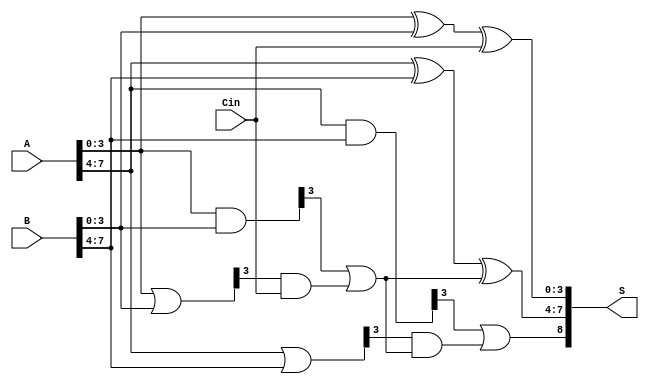
module han_carlson_adder #(parameter N = 8) (
    input [N-1:0] A,      // First operand
    input [N-1:0] B,      // Second operand
    input Cin,            // Carry input
    output [N:0] S        // Sum output (N+1 bits)
);
    // Internal signals
    wire [N/2-1:0] G0, P0, G1, P1; // Generate and Propagate for two groups
    wire C0, C1; // Carry outputs for each group

    // Group 0 (lower half)
    assign G0 = A[N/2-1:0] & B[N/2-1:0]; // Generate
    assign P0 = A[N/2-1:0] | B[N/2-1:0]; // Propagate

    // Group 1 (upper half)
    assign G1 = A[N-1:N/2] & B[N-1:N/2]; // Generate
    assign P1 = A[N-1:N/2] | B[N-1:N/2]; // Propagate

    // Carry for group 0
    assign C0 = G0[N/2-1] | (P0[N/2-1] & Cin);

    // Carry for group 1
    assign C1 = G1[N/2-1] | (P1[N/2-1] & C0);

    // Sum for group 0
    wire [N/2-1:0] Sum0;
    assign Sum0 = A[N/2-1:0] ^ B[N/2-1:0] ^ Cin;

    // Sum for group 1
    wire [N/2-1:0] Sum1;
    assign Sum1 = A[N-1:N/2] ^ B[N-1:N/2] ^ C0;

    // Final sum and carry out
    assign S[N-1:0] = {Sum1, Sum0};
    assign S[N] = C1;

endmodule